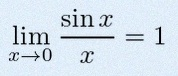
\lim_{x\to0}\frac{\sin x}{x}=1